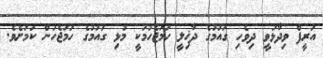
އަރީފް ވިދާޅުވީ ދިވެހި ގައުމުގެ ދާޚިލީ ހަމަޖެހުމަކީ މުޅި ގައުމުގެ ހަމަޖެހުން ކަމަށެވެ.